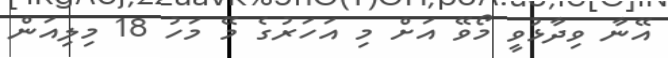
އޭނާ ވިދާޅުވީ މޯވޭ އަށް މި އަހަރުގެ މޭ މަހު 18 މިލިއަން